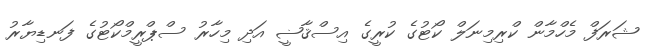
ޝަރަފް މެހްމާން ކްރިމިނަލް ކޯޓުގެ ކުރީގެ އިސްޤާޟީ އަދި މިހާރު ސްޕްރީމްކޯޓުގެ ފަނޑިޔާރު